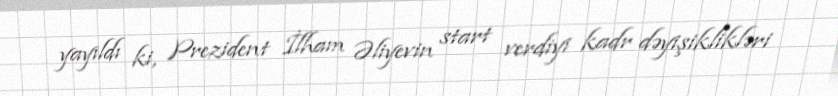
yayıldı ki, Prezident İlham Əliyevin start verdiyi kadr dəyişiklikləri